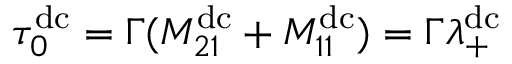
\tau _ { 0 } ^ { \mathrm { d c } } = \Gamma ( M _ { 2 1 } ^ { \mathrm { d c } } + M _ { 1 1 } ^ { \mathrm { d c } } ) = \Gamma \lambda _ { + } ^ { \mathrm { d c } }